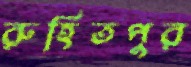
রুহিতপুর